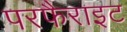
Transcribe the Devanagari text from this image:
परफैराइट